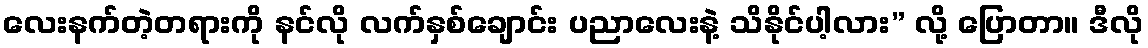
လေးနက်တဲ့တရားကို နင်လို လက်နှစ်ချောင်း ပညာလေးနဲ့ သိနိုင်ပါ့လား” လို့ ပြောတာ။ ဒီလို